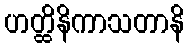
ဟတ္ထိနိကာသတာနိ